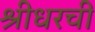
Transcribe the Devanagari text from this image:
श्रीधरची